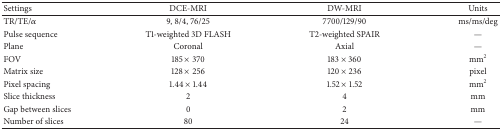
<table><thead><tr><td><b>Settings</b></td><td><b>DCE-MRI</b></td><td><b>DW-MRI</b></td><td><b>Units</b></td></tr></thead><tbody><tr><td>TR/TE/<i>α</i></td><td>9, 8/4, 76/25</td><td>7700/129/90</td><td>ms/ms/deg</td></tr><tr><td>Pulse sequence</td><td>T1-weighted 3D FLASH</td><td>T2-weighted SPAIR</td><td>—</td></tr><tr><td>Plane</td><td>Coronal</td><td>Axial</td><td>—</td></tr><tr><td>FOV</td><td>185 × 370</td><td>183 × 360</td><td>mm<sup>2</sup></td></tr><tr><td>Matrix size</td><td>128 × 256</td><td>120 × 236</td><td>pixel</td></tr><tr><td>Pixel spacing</td><td>1.44 × 1.44</td><td>1.52 × 1.52</td><td>mm<sup>2</sup></td></tr><tr><td>Slice thickness</td><td>2</td><td>4</td><td>mm</td></tr><tr><td>Gap between slices</td><td>0</td><td>2</td><td>mm</td></tr><tr><td>Number of slices</td><td>80</td><td>24</td><td>—</td></tr></tbody></table>